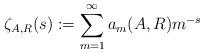
LaTeX: \begin{align*}\zeta_{A,R}(s) := \sum_{m=1}^\infty a_m(A,R) m^{-s}\end{align*}